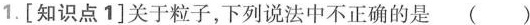
1.[知识点1]关于粒子，下列说法中不正确的是( )